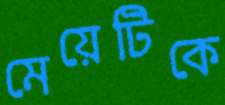
মেয়েটিকে